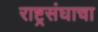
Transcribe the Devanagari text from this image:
राष्ट्रसंघाचा